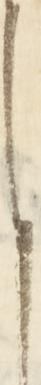
と